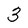
Character: 3